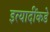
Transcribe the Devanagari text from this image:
इत्यादींकडे